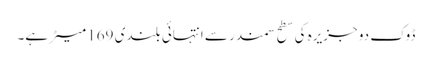
ڈوک دو جزیرہ کی سطح سمندر سے انتہائی بلندی 169 میٹر ہے۔